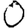
Digit: 0